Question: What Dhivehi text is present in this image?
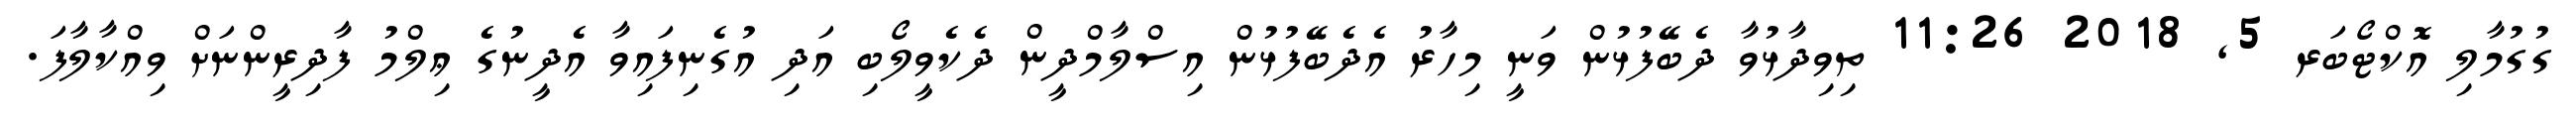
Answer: ގުގުމާލި އޮކްޓޯބަރ 5, 2018 11:26 ތިވިދާޅުވާ ދެބޭފުޅުން ވަނީ މިހާރު އެދެބޭފުޅުން އިސްލާމްދީން ދެކެވީލޯބި އަދި އުގެނިފައިވާ އެދީނުގެ ޢިލްމު ފާދިރީންނަށް ވިއްކާލާފަ.